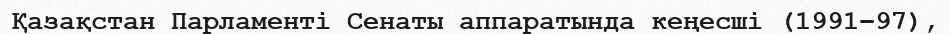
Қазақстан Парламенті Сенаты аппаратында кеңесші (1991–97),